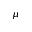
\mu